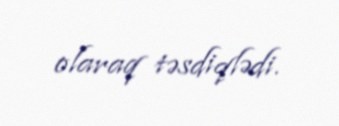
olaraq təsdiqlədi.